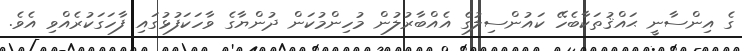
ގެ އިންސާނީ ޙައްޤުތަކާބެހޭ ކައުންސިލުގެ އެއްބާރުލުން މުހިންމުކަން ދުންޔާގެ ވާހަކަފުޅުގައި ފާހަގަކުރެއްވި އެވެ.